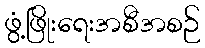
ဖွံ့ဖြိုးရေးအစီအစဉ်